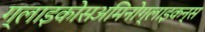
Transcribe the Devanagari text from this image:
ग्लाइकोसअमिनोग्लाइकन्स